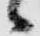
々